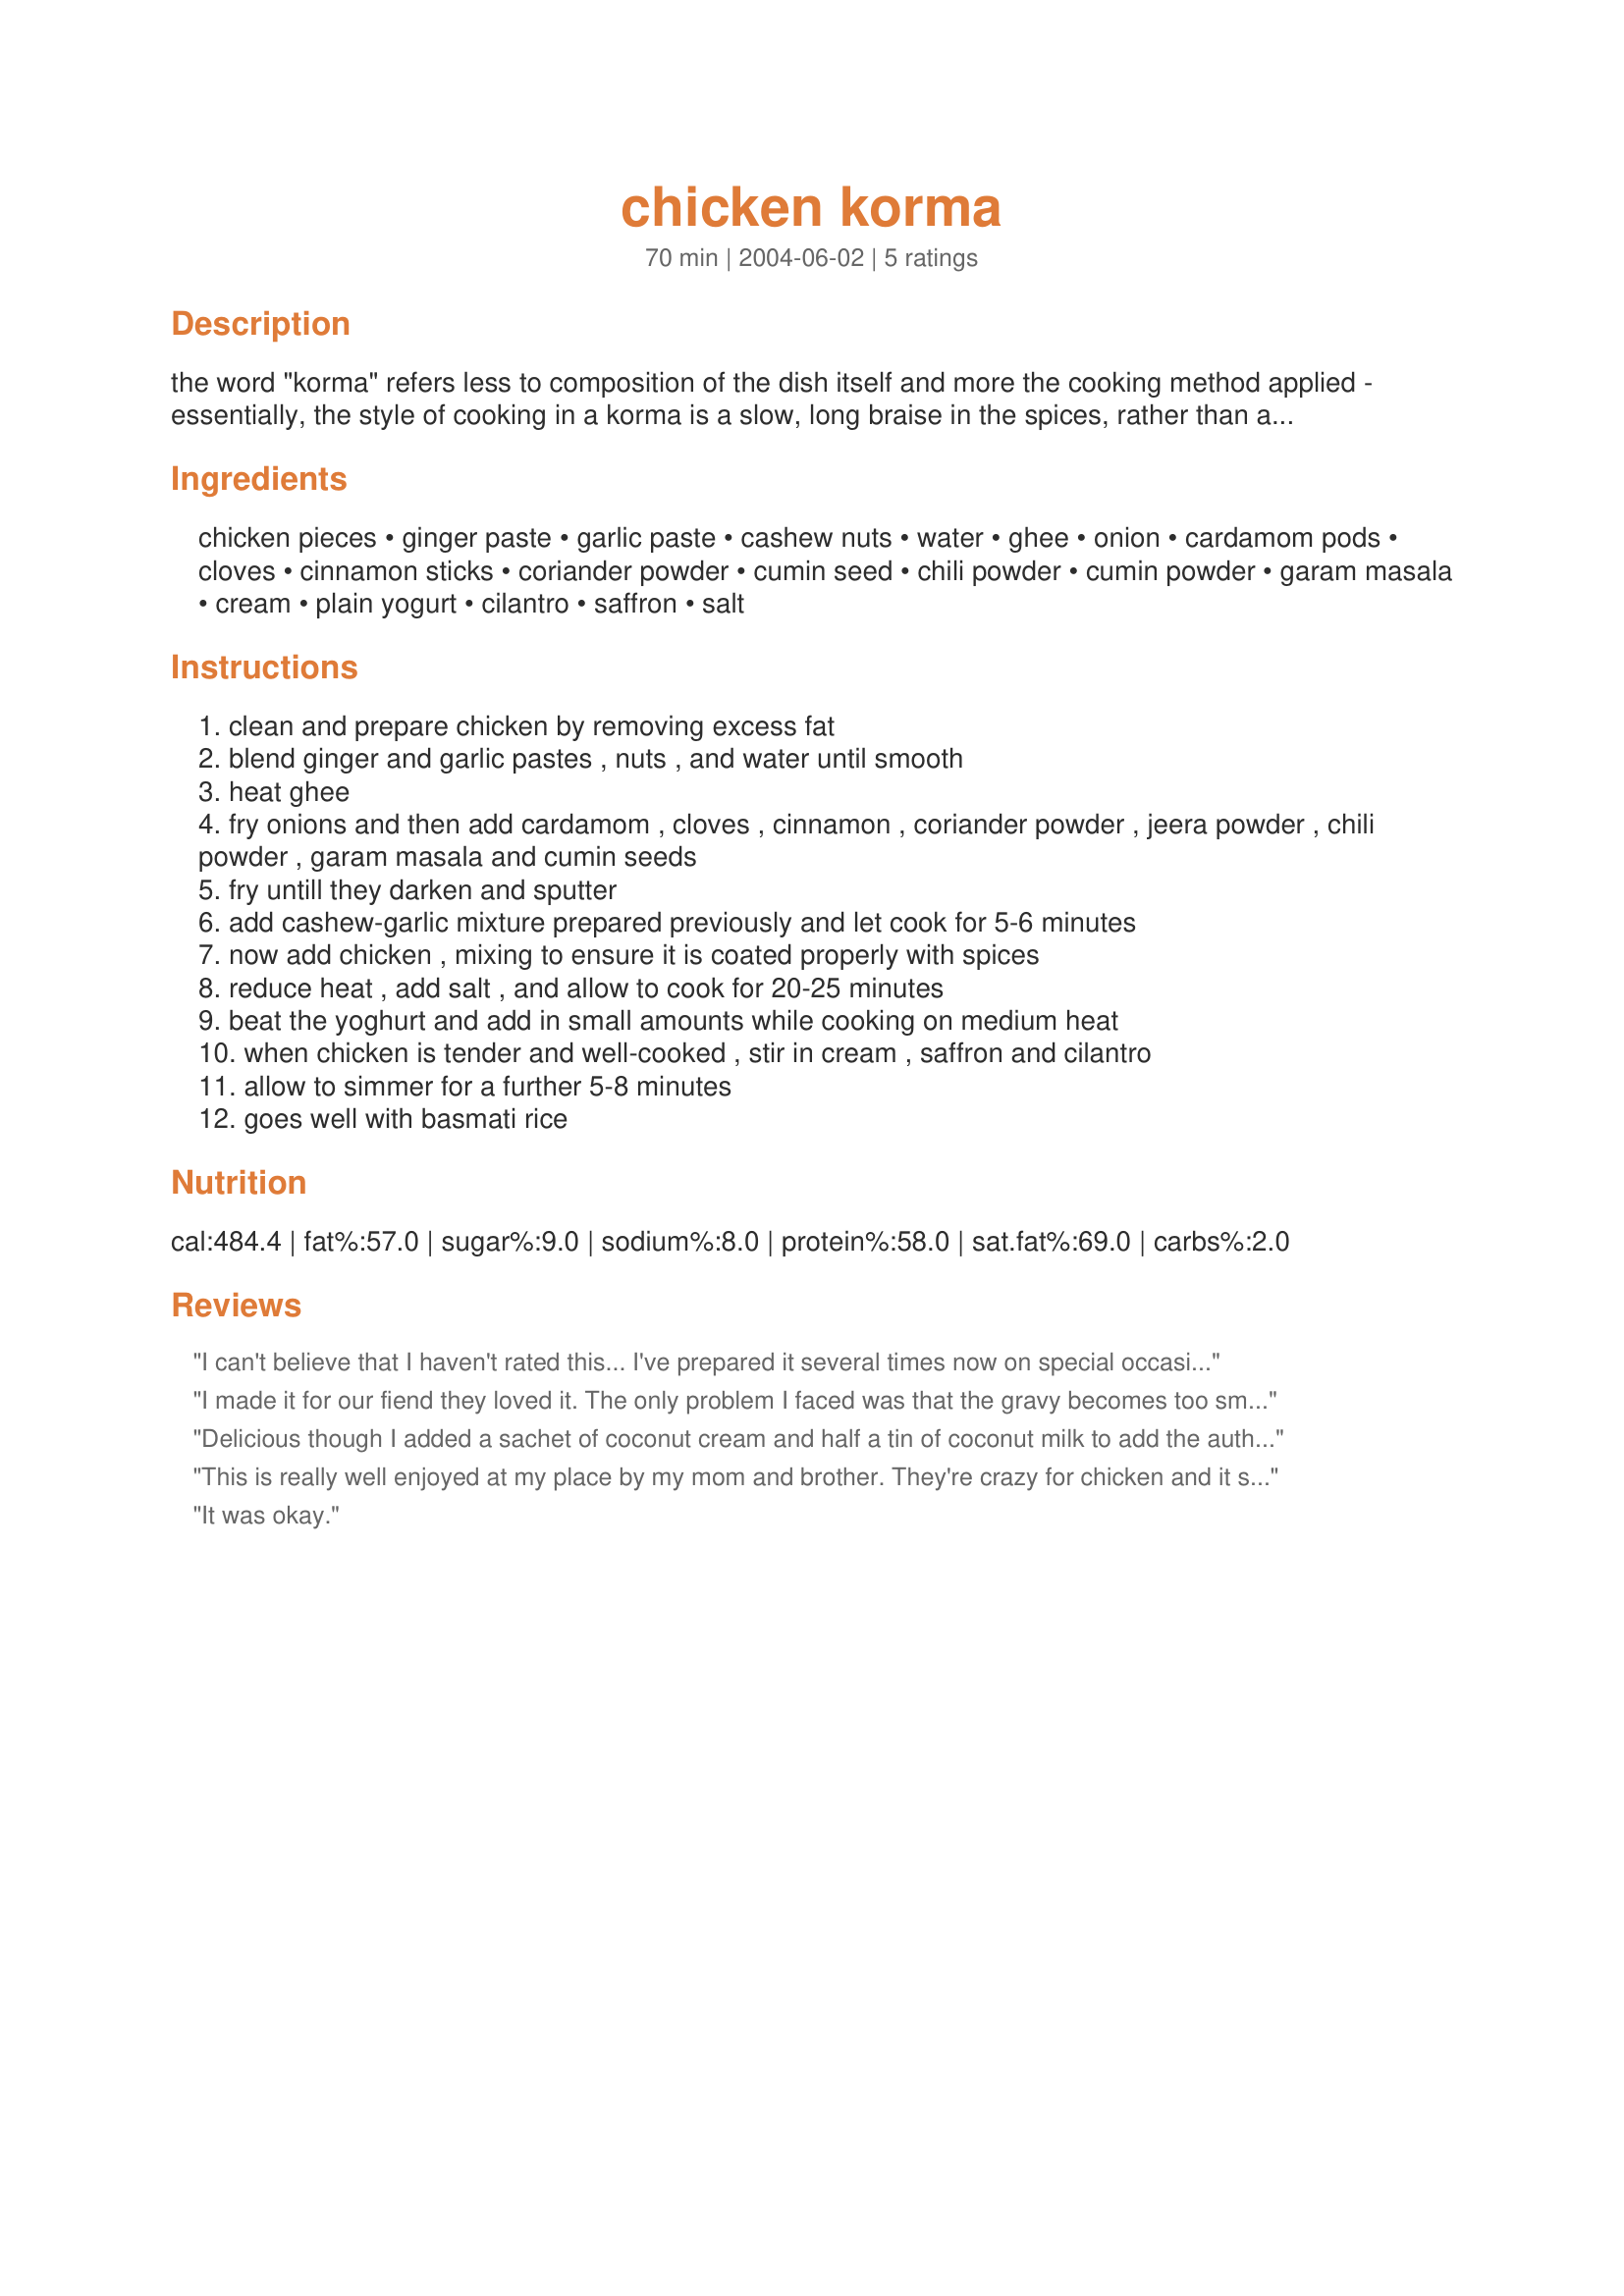
chicken korma
Preparation time: 70 minutes

the word "korma" refers less to composition of the dish itself and more the cooking method applied - essentially, the style of cooking in a korma is a slow, long braise in the spices, rather than adding the chicken pieces into the sauce at the end. this bring out the richness of the dish as the chicken is steeped in the flavors of the spices for an extended duration.

Ingredients:
chicken pieces, ginger paste, garlic paste, cashew nuts, water, ghee, onion, cardamom pods, cloves, cinnamon sticks, coriander powder, cumin seed, chili powder, cumin powder, garam masala, cream, plain yogurt, cilantro, saffron, salt

Steps:
clean and prepare chicken by removing excess fat
blend ginger and garlic pastes , nuts , and water until smooth
heat ghee
fry onions and then add cardamom , cloves , cinnamon , coriander powder , jeera powder , chili powder , garam masala and cumin seeds
fry untill they darken and sputter
add cashew-garlic mixture prepared previously and let cook for 5-6 minutes
now add chicken , mixing to ensure it is coated properly with spices
reduce heat , add salt , and allow to cook for 20-25 minutes
beat the yoghurt and add in small amounts while cooking on medium heat
when chicken is tender and well-cooked , stir in cream , saffron and cilantro
allow to simmer for a further 5-8 minutes
goes well with basmati rice

Reviews:
I can't believe that I haven't rated this... I've prepared it several times now on special occasions because it is just soooo rich and delicious! OMG I can't wait until we have this again tonight!
I made it for our fiend they loved it. The only problem I faced was that the gravy becomes too smokey after adding cashew paste to onions and oher spices. I would recomend keeping the heat low while adding cashew paste and cooking it on low heat. Also its not a good idea to add already fried onions, I added and it got messed up a little, my fault. Well the recipe is just great and will make it again. Thank you.
Delicious though I added a sachet of coconut cream and half a tin of coconut milk to add the authentic flavour.

I also added some sliced almonds to the mix to add some nice finishing touches.

It is also possible to use the same recipe and add mango and pineapple to it to make a Chicken Kashmiri...
This is really well enjoyed at my place by my mom and brother. They're crazy for chicken and it seems to me that this chicken hits the spot for 'em:) I normally use fat-free yogurt only and no cream for this{to make it low in fat}. I also serve this with Basmati rice and it goes very well.
It was okay.
